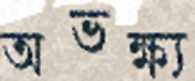
অভক্ষ্য